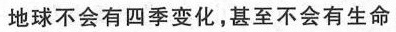
地球不会有四季变化，甚至不会有生命